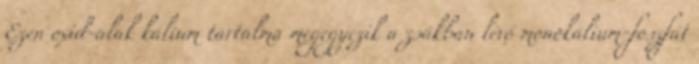
Ezen oxid-alak kálium tartalma megegyezik a zsákban lévő monokálium-foszfát